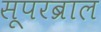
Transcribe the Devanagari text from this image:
सूपरब्राल